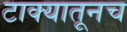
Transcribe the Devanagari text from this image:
टाक्यातूनच